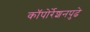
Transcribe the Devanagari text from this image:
कॉपोर्रेशनपुढे